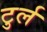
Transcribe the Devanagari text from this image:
टुर्ल